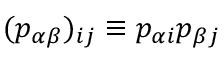
( p _ { \alpha \beta } ) _ { i j } \equiv p _ { \alpha i } p _ { \beta j }